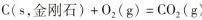
$$c ( s，金 刚 石 ) + O _ { 2 } ( g ) = C O _ { 2 } ( g )$$